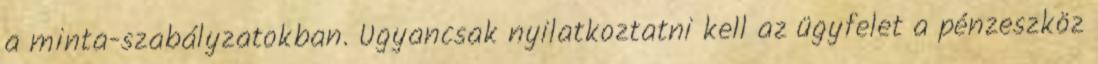
a minta-szabályzatokban. Ugyancsak nyilatkoztatni kell az ügyfelet a pénzeszköz